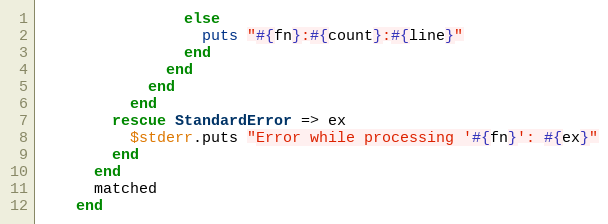
Language: Ruby
                else
                  puts "#{fn}:#{count}:#{line}"
                end
              end
            end
          end
        rescue StandardError => ex
          $stderr.puts "Error while processing '#{fn}': #{ex}"
        end
      end
      matched
    end